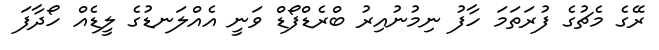
ރޭގެ މެޗުގެ ފުރަތަމަ ހާފު ނިމުނުއިރު ބްރެޑްފޯޑް ވަނީ އެއްލަނޑުގެ ލީޑެއް ހޯދާފަ